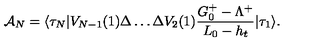
{ \cal A } _ { N } = \langle \tau _ { N } | V _ { N - 1 } ( 1 ) \Delta \ldots \Delta V _ { 2 } ( 1 ) { \frac { G _ { 0 } ^ { + } - \Lambda ^ { + } } { L _ { 0 } - h _ { t } } } | \tau _ { 1 } \rangle .